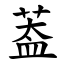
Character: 葢